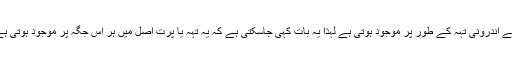
جیسا کہ اوپر بیان ہوا کہ یہ حیوانات کی سب سے بیرونی اور سب سے اندرونی تہہ کے طور پر موجود ہوتی ہے لہٰذا یہ بات کہی جاسکتی ہے کہ یہ تہہ یا پرت اصل میں ہر اس جگہ پر موجود ہوتی ہے کہ جہاں حیوان کے جسم کا بیرونی ماحول سے آمناسامنا ہو رہا ہو۔